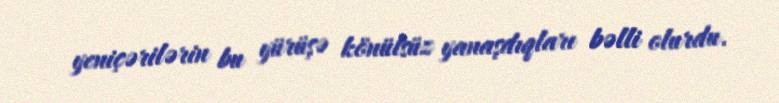
yeniçərilərin bu yürüşə könülsüz yanaşdıqları bəlli olurdu.